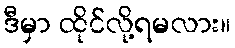
ဒီမှာ ထိုင်လို့ရမလား။